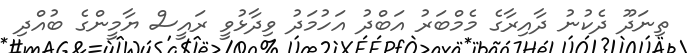
ތިނަދޫ ދެކުނު ދާއިރާގެ މެމްބަރު އަބްދު އަހުމަދު ވިދާޅުވީ ރައީސް ޔާމީންގެ ބުއްދި